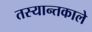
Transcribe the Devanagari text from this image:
तस्यान्तकाले